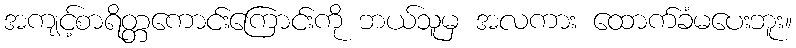
အကျင့်စာရိတ္တကောင်းကြောင်းကို ဘယ်သူမှ အလကား ထောက်ခံမပေးဘူး။